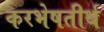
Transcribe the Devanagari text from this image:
करभेषतीर्थ